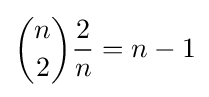
{\binom {n}{2}}{\frac {2}{n}}=n-1